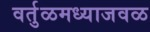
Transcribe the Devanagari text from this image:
वर्तुळमध्याजवळ